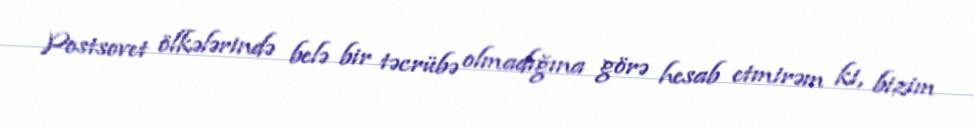
Postsovet ölkələrində belə bir təcrübə olmadığına görə hesab etmirəm ki, bizim